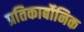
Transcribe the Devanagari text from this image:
प्रतिकार्बोनिक